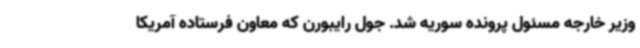
وزیر خارجه مسئول پرونده سوریه شد. جول رایبورن که معاون فرستاده آمریکا